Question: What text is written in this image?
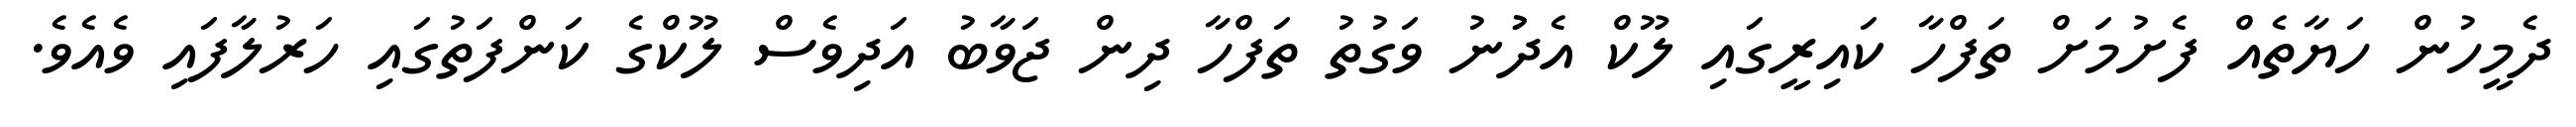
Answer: ދެމީހުން ހަޔާތެއް ފެށުމަށް ތަފްހާ ކައިރީގައި ލޫކް އެދުުނު ވަގުތު ތަފްހާ ދިން ޖަވާބު އަދިވެސް ލޫކްގެ ކަންފަތުގައި ހަރުލާފައި ވެއެވެ.